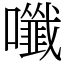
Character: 𡄑